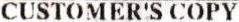
CUSTOMER'S COPY